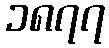
၁၈၇၇